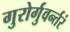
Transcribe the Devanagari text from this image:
गुरोर्गुवर्न्तरं